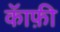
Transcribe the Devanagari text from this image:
कॅाफ़ी